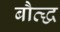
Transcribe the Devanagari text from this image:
बौत्द्ध